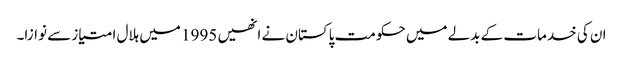
ان کی خدمات کے بدلے میں حکومت پاکستان نے انھیں 1995 میں ہلال امتیاز سے نوازا۔